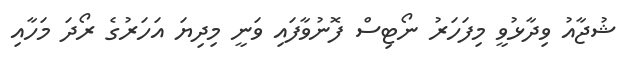
ޝުޖާއު ވިދާޅުވީ މިފަހަރު ނޯޓިސް ފޮނުވާފައި ވަނީ މިދިޔަ އަހަރުގެ ރޯދަ މަހާއި